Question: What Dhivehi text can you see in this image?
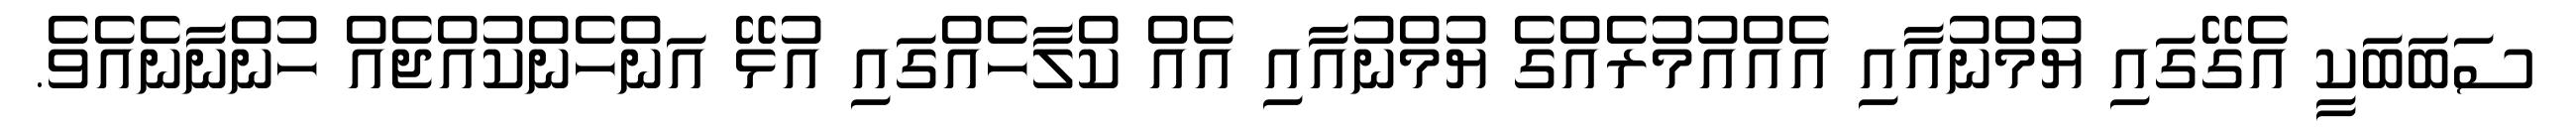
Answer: ސަބަބަކީ އެގޭގައި ޔުމްނުއާއި އެއްއުމުރެއްގެ ޔުމްނުއާއި އެއް ކްލާހެއްގައި އުޅޭ އަންހެންކުއްޖެއް ހުންނާނެއެވެ.